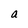
Character: a